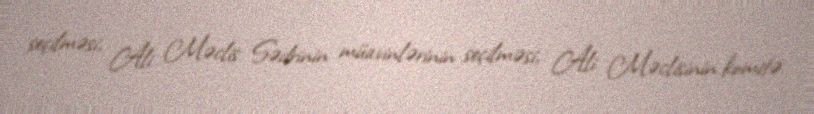
seçilməsi, Ali Məclis Sədrinin müavinlərinin seçilməsi, Ali Məclisinin komitə